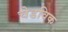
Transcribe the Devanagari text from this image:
चेडविक